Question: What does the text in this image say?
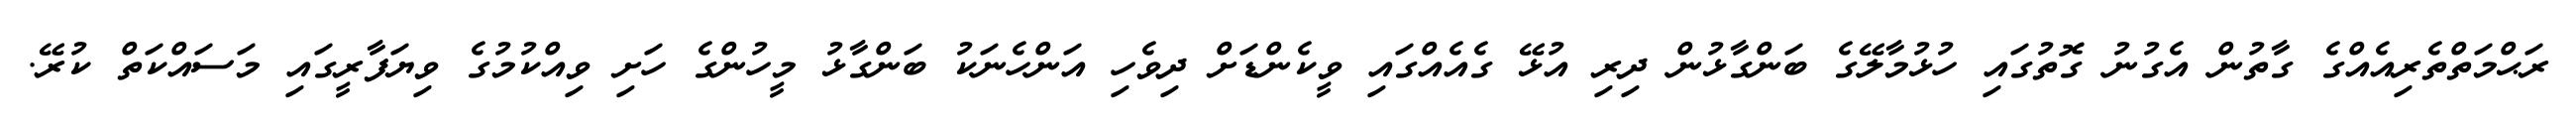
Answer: ރަޙްމަތްތެރިއެއްގެ ގާތުން އެގުނު ގޮތުގައި ހުޅުމާލޭގެ ބަންގާޅުން ދިރި އުޅޭ ގެއެއްގައި ވީކެންޑަށް ދިވެހި އަންހެނަކު ބަންގާޅު މީހުންގެ ހަށި ވިއްކުމުގެ ވިޔަފާރީގައި މަސައްކަތް ކުރޭ.